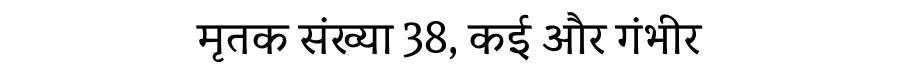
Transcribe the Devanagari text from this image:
मृतक संख्या 38, कई और गंभीर